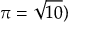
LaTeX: \pi = { \sqrt { 1 0 } } )